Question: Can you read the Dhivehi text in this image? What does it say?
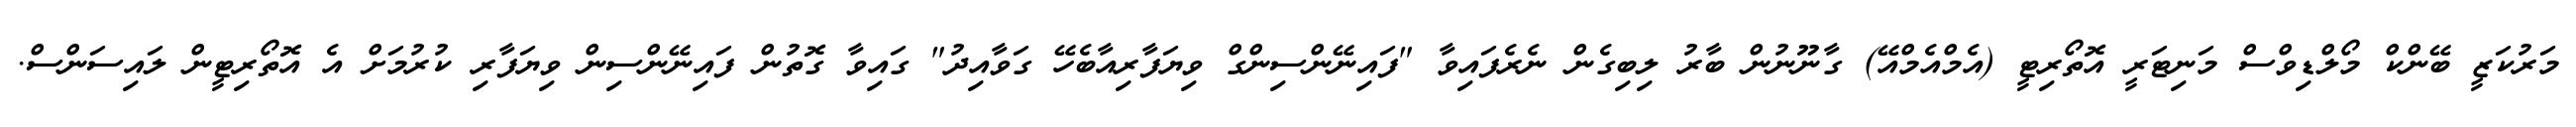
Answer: މަރުކަޒީ ބޭންކް މޯލްޑިވްސް މަނިޓަރީ އޮތޯރިޓީ (އެމްއެމްއޭ) ގާނޫނުން ބާރު ލިބިގެން ނެރެފައިވާ "ފައިނޭންސިންގް ވިޔަފާރިއާބެހޭ ގަވާއިދު" ގައިވާ ގޮތުން ފައިނޭންސިން ވިޔަފާރި ކުރުމަށް އެ އޮތޯރިޓީން ލައިސަންސް.